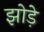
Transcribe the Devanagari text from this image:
झोड़े